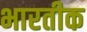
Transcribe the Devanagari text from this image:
भारतीक